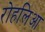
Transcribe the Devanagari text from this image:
रोहलिआ